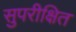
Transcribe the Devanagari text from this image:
सुपरीक्षित